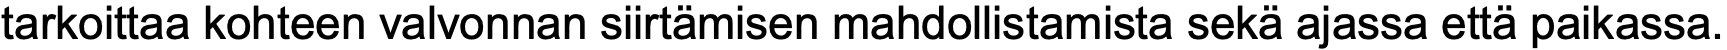
tarkoittaa kohteen valvonnan siirtämisen mahdollistamista sekä ajassa että paikassa.